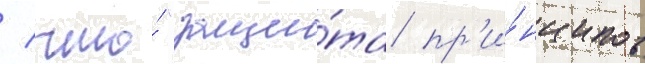
/ что́ "защи́та пр'и́нципов